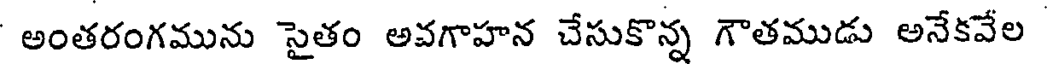
అంతరంగమును సైతం అవగాహన చేసుకొన్న గౌతముడు అనేకవేల